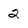
Character: 2